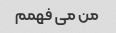
من می فهمم